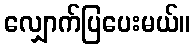
လျှောက်ပြပေးမယ်။